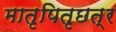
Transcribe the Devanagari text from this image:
मातृपितृछत्र